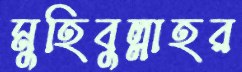
মুহিবুল্লাহর